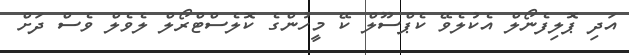
އަދި ޕޮލިފެނޯލް އެކުލެވޭ ކެޕްސޫލް ކޭ މީހުންގެ ކޮލެސްޓްރޯލް ލެވެލް ވެސް ދަށް